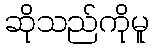
ဆိုသည်ကိုမူ